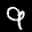
Label: 9